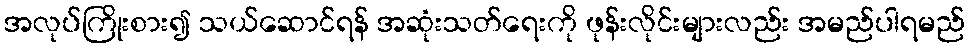
အလုပ်ကြိုးစား၍ သယ်ဆောင်ရန် အဆုံးသတ်ရေးကို ဖုန်းလိုင်းများလည်း အမည်ပါရမည်